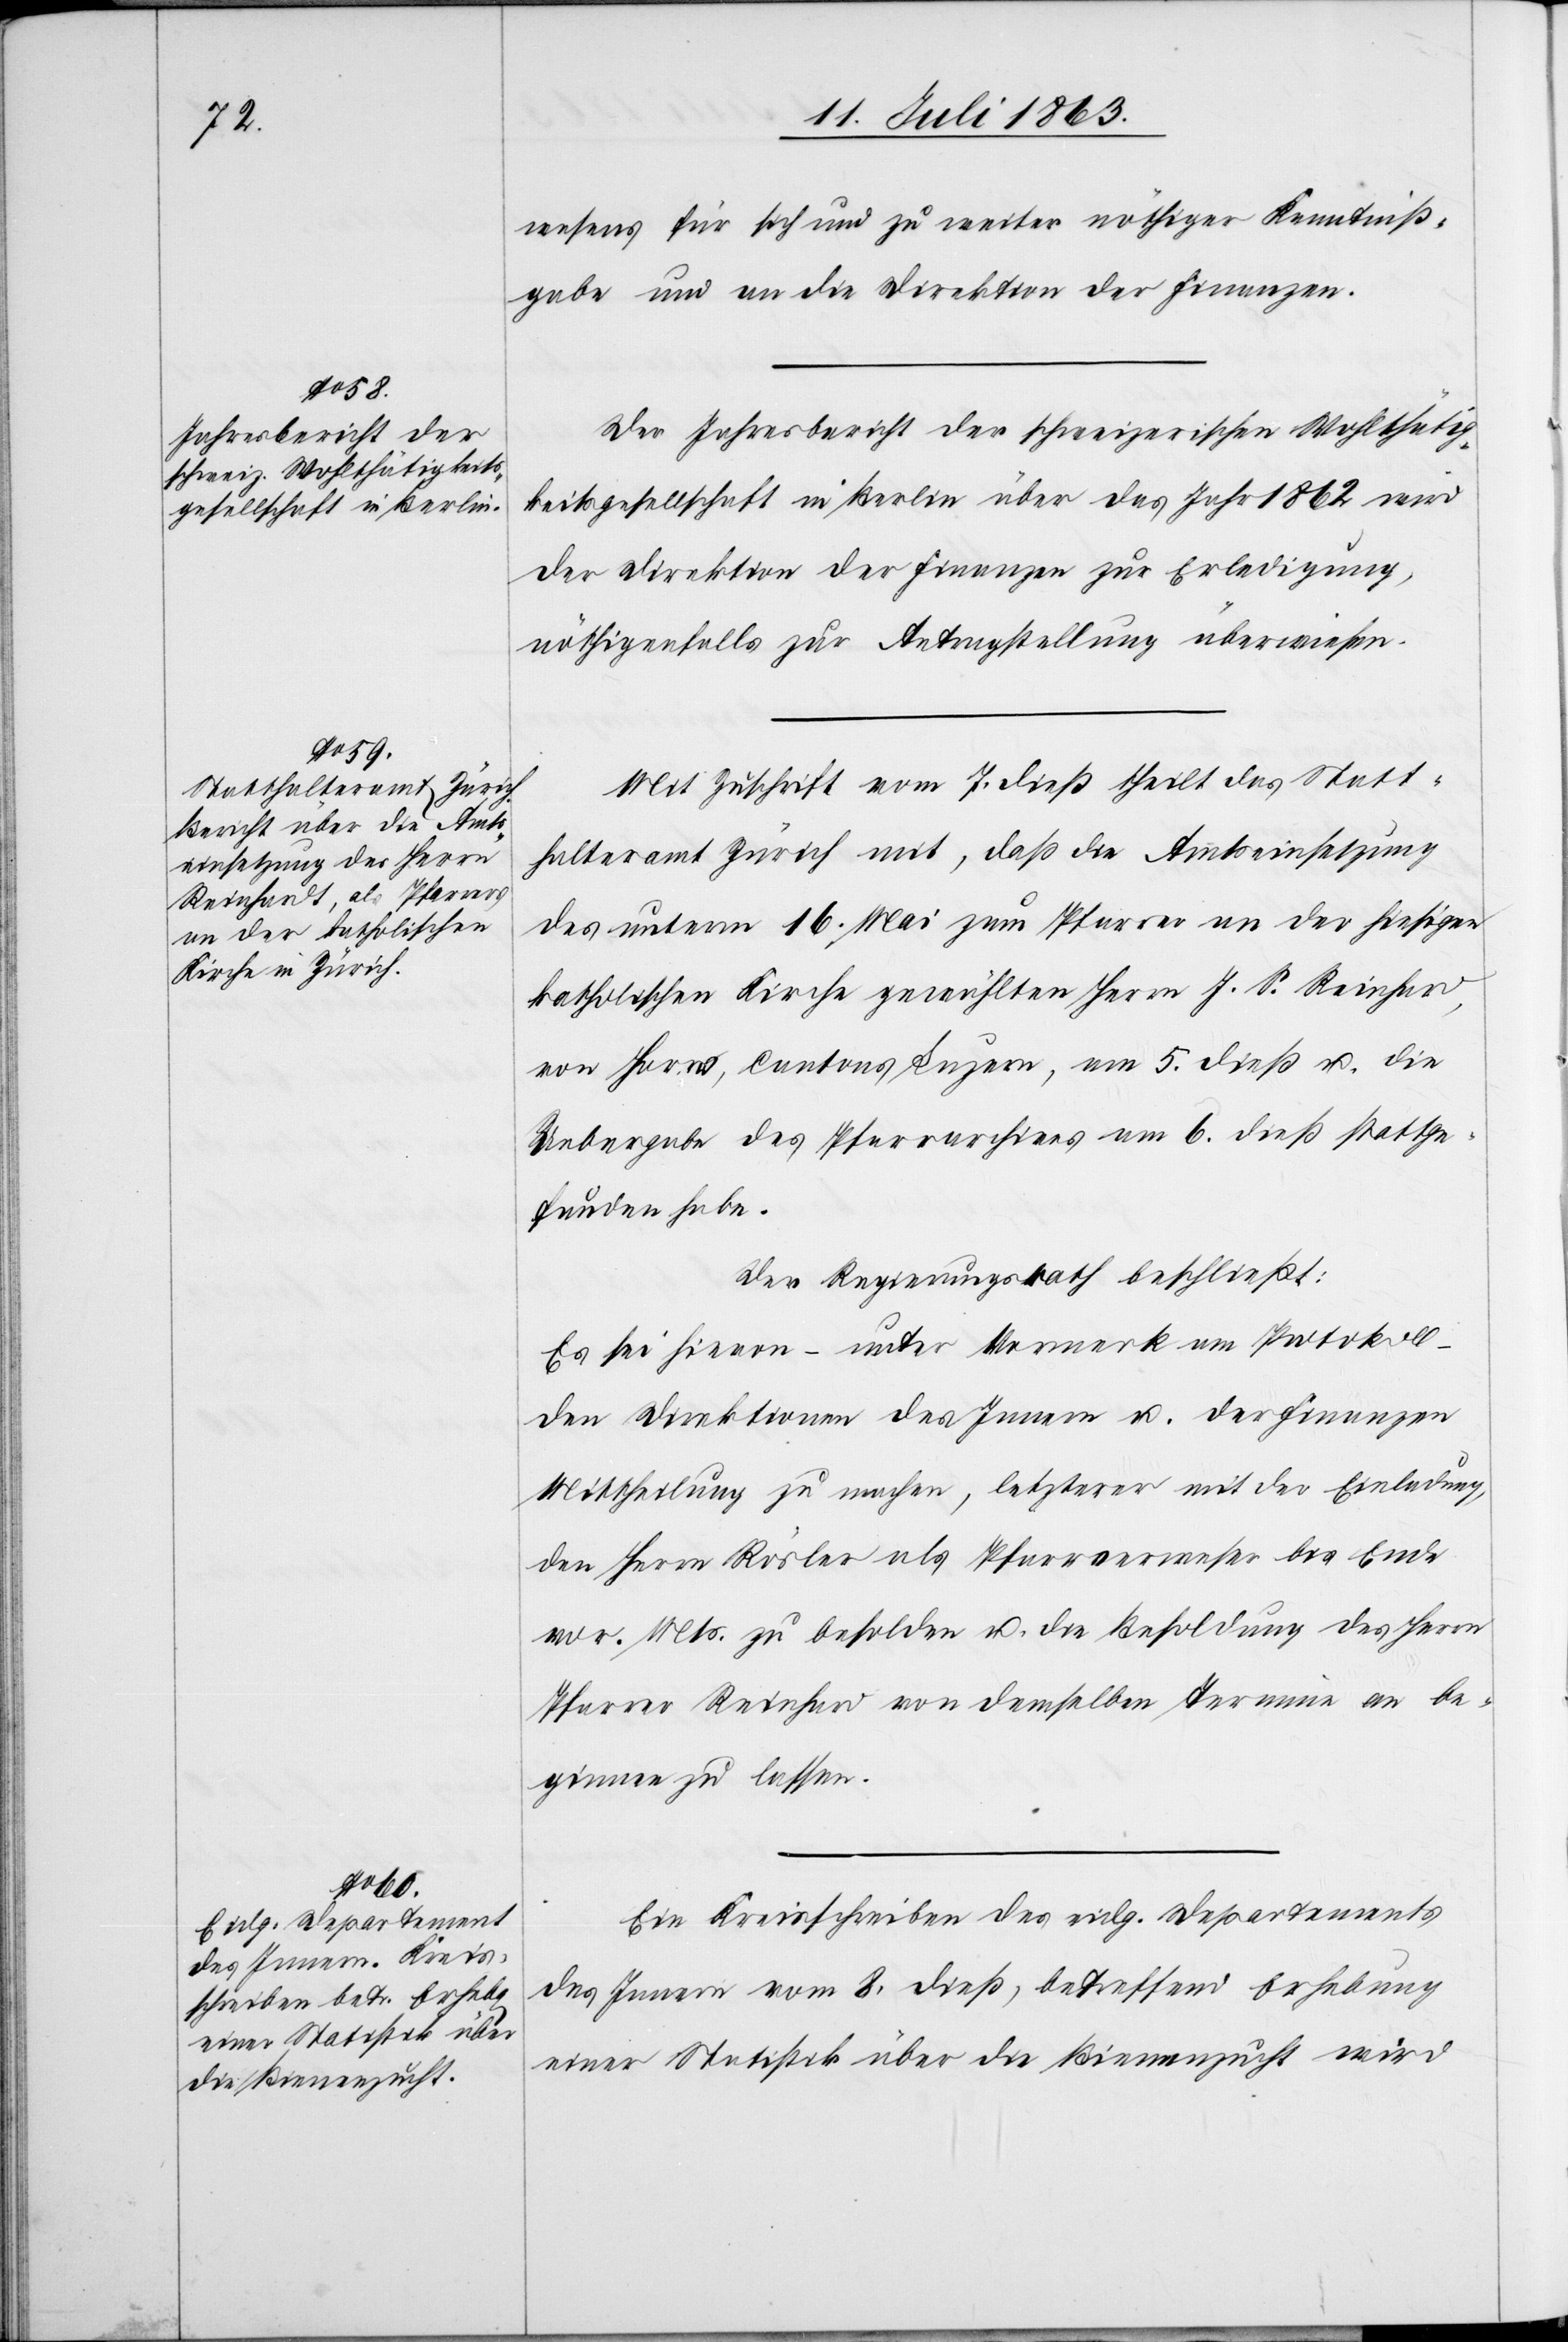
wesens für sich und zu weiter nöthiger Kenntniß¬
gabe und an die Direktion der Finanzen.
Der Jahresbericht der schweizerischen Wohlthätig¬
keitsgesellschaft in Berlin über das Jahr 1862 wird
der Direktion der Finanzen zur Erledigung,
nöthigenfalls zur Antragstellung überwiesen.
Mit Zuschrift vom 7. dieß theilt das Statt¬
halteramt Zürich mit, daß die Amtseinsetzung
des unterm 16. Mai zum Pfarrer an der hiesigen
katholischen Kirche gewählten Herrn J. S. Reinhard
von Horw, Cantons Luzern, am 5. dieß u. die
Uebergabe des Pfarrarchives am 6. dieß stattge¬
funden habe.
Der Regierungsrath beschließt:
Es sei hievon – unter Vormerk am Protokoll
den Direktionen des Innern u. der Finanzen
Mittheilung zu machen, letzterer mit der Einladung,
den Herrn Rösler als Pfarrverweser bis Ende
vor. Mts. zu besolden u. die Besoldung des Herrn
Pfarrer Reinhard von demselben Termine an be¬
ginnen zu lassen.
Ein Kreisschreiben des eidg. Departements
des Innern vom 8. dieß, betreffend Erhebung
einer Statistik über die Bienenzucht wird